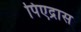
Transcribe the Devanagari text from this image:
पिएद्रास